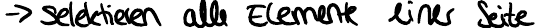
-> selektieren alle Elemente einer Seite